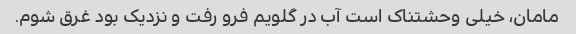
مامان، خیلی وحشتناک است آب در گلویم فرو رفت و نزدیک بود غرق شوم.